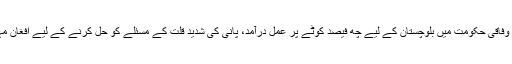
ان چھ نکات میں لاپتہ افراد کی بازیابی، نیشنل ایکشن پلان پر عمل درآمد، وفاقی حکومت میں بلوچستان کے لیے چھ فیصد کوٹے پر عمل درآمد، پانی کی شدید قلت کے مسئلے کو حل کرنے کے لیے افغان مہاجرین کی فوری وطن واپسی اور صوبے میں ڈیموں کی تعمیر شامل ہیں۔